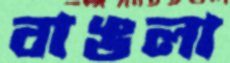
বাঙলা